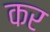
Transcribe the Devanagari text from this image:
कर